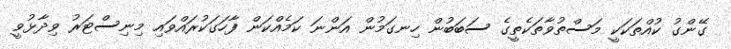
ގޭންގު ކުއްތަކަކީ މަސްތުވާތަކެތީގެ ސަބަބުން ހިނގަމުން އަންނަ ކަމެއްކަން ފާހަގަކުރައްވައި މިނިސްޓަރު ވިދާޅުވީ